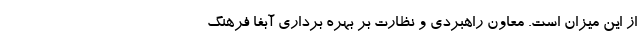
از این میزان است. معاون راهبردی و نظارت بر بهره برداری آبفا فرهنگ